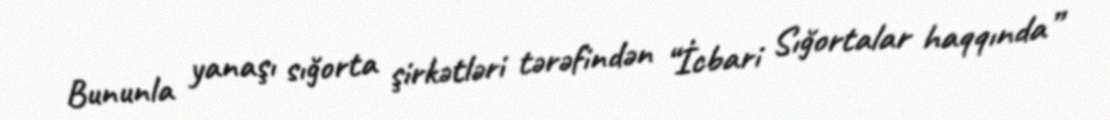
Bununla yanaşı sığorta şirkətləri tərəfindən “İcbari Sığortalar haqqında”